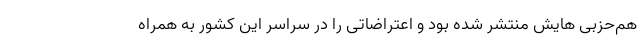
هم‌حزبی‌ هایش منتشر شده بود و اعتراضاتی را در سراسر این کشور به همراه